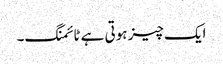
ایک چیز ہوتی ہے ٹائمنگ۔